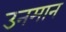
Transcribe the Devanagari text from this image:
उनमान